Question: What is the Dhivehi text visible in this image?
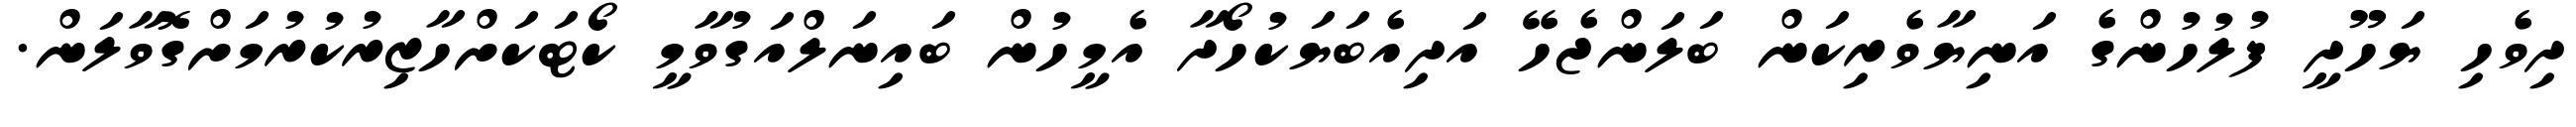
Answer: ދިވެހި ޔަހޫދީ ފުލުހުންގެ އަނިޔާވެރިކަން ބަލަންޖެހޭ އަދިއެބަޔަކުހޯދާ އެމީހުން ބައިނަލްއަގުވާމީ ކޯޓަކަށްހާޒިރުކުރުމަށްގޮވާލަން.